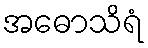
အဓောသိရံ